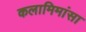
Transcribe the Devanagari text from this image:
कलामिमांसा